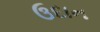
ઉદાન